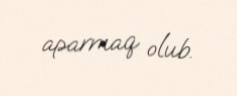
aparmaq olub.